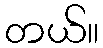
တယ်။